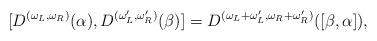
\begin{align*}[D^{(\omega_L,\omega_R)}(\alpha),D^{(\omega_L',\omega_R')}(\beta)]=D^{(\omega_L+\omega_L',\omega_R+\omega_R')}([\beta,\alpha]),\end{align*}